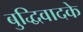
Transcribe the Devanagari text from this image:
बुद्धिवादके